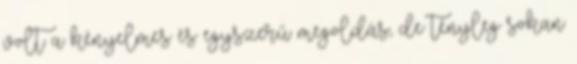
volt a kényelmes és egyszerű megoldás, de tényleg sokan